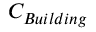
C _ { B u i l d i n g } \,